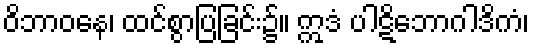
ဝိဘာဝနေ၊ ထင်စွာပြခြင်း၌။ ဣဒံ ပါဋိဘောဂါဒိကံ၊